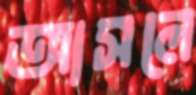
আসলে